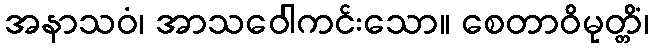
အနာသဝံ၊ အာသဝေါကင်းသော။ စေတာဝိမုတ္တိံ၊